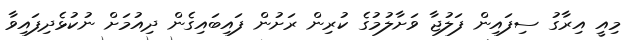
މިއީ އިރާގު ސިފައިން ފަލުޖާ ވަށާލުމުގެ ކުރިން ރަށުން ފައިބައިގެން ދިއުމަށް ނުކުޅެދިފައިވާ